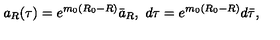
a _ { R } ( \tau ) = e ^ { m _ { 0 } ( R _ { 0 } - R ) } \bar { a } _ { R } , \ d \tau = e ^ { m _ { 0 } ( R _ { 0 } - R ) } d \bar { \tau } ,